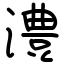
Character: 澧